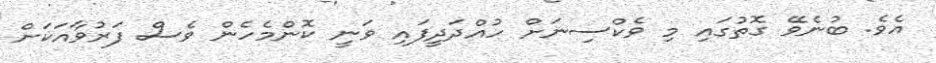
އެވެ. ބުނެވޭ ގޮތުގައި މި ވެކްސިނަށް ހުއްދަދީފައި ވަނީ ކޮންމެހެން ވެސް ފަރުވާއަކަށް